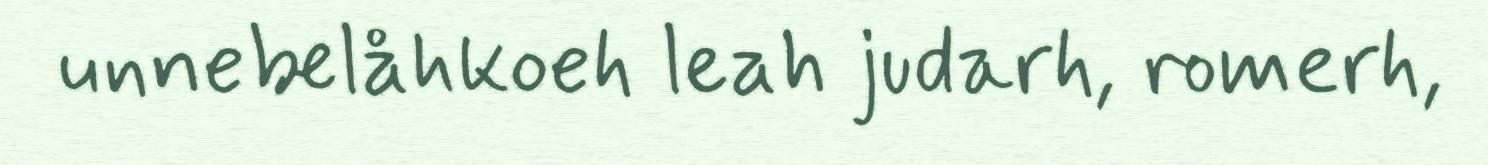
unnebelåhkoeh leah judarh, romerh,